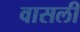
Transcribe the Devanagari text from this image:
वासली